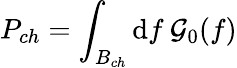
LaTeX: P_{ch}=\int_{B_{ch}}\mathrm{d}f\: \mathcal{G}_{0}(f)